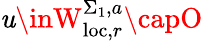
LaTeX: \mathit{u}\inW_{\mathrm{{loc}},r}^{\Sigma_{1},a}\capO